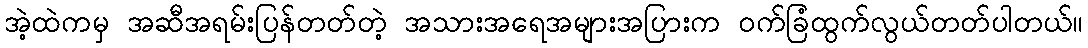
အဲ့ထဲကမှ အဆီအရမ်းပြန်တတ်တဲ့ အသားအရေအများအပြားက ဝက်ခြံထွက်လွယ်တတ်ပါတယ်။